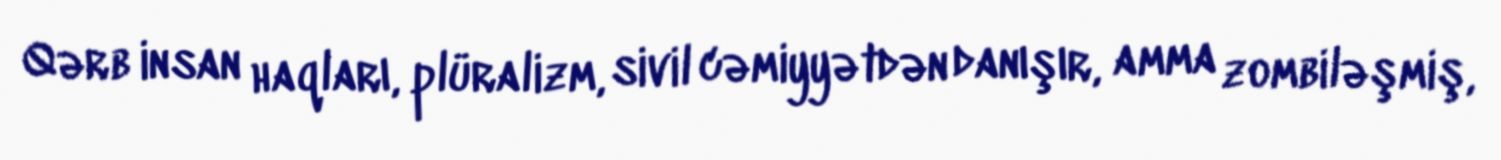
Qərb insan haqları, plüralizm, sivil cəmiyyətdən danışır, amma zombiləşmiş,